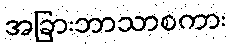
အခြားဘာသာစကား